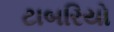
ટાબરિયો